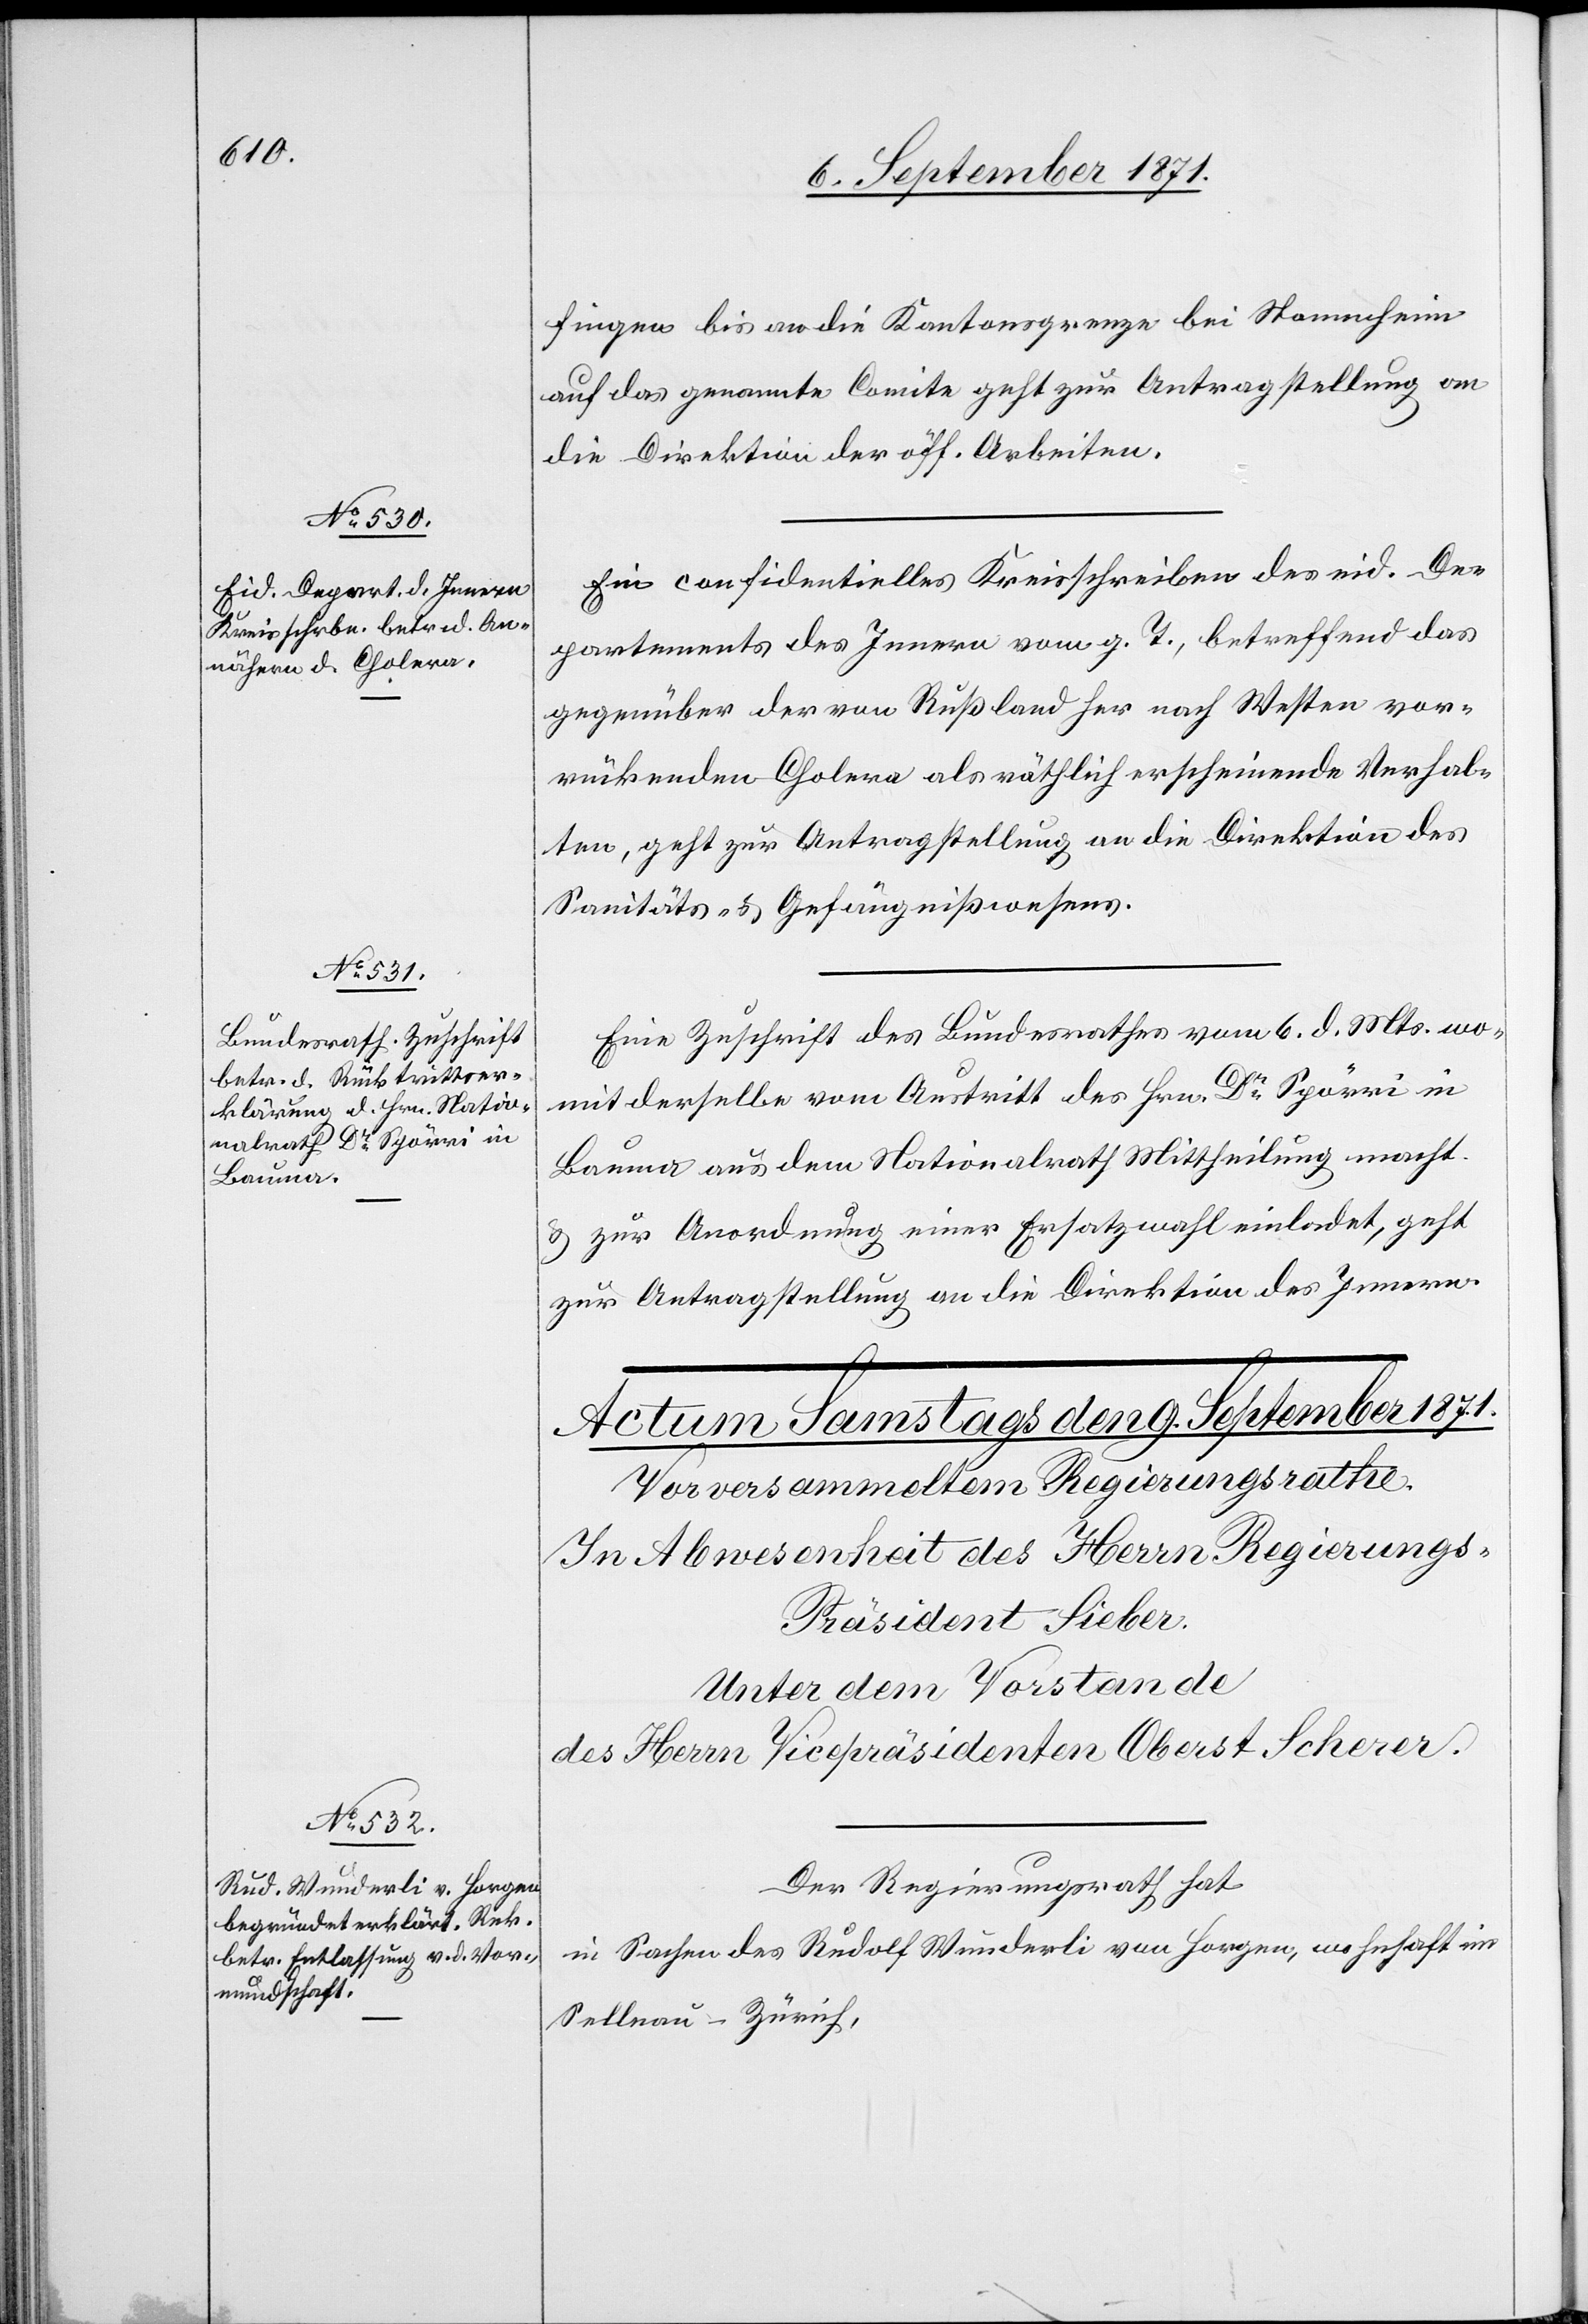
8. September 1871.]
fingen bis an die Kantonsgrenze bei Stammheim
auf das genannte Comite geht zur Antragstellung an
die Direktion der öff. Arbeiten.
Ein confidentielles Kreisschreiben des eid. De¬
partements des Innern vom g. T., betreffend das
gegenüber der von Russland nach Westen vor¬
rückenden Cholera als räthlich erscheinende Verhal¬
ten, geht zur Antragstellung an die Direktion des
Sanitäts- & Gefängnißwesens.
Eine Zuschrift des Bundesrathes vom 6. d. Mts. wo¬
mit derselbe vom Austritt des Hrn. Dr Spörri in
Bauma aus dem Nationalrath Mittheilung macht
& zur Anordnung einer Ersatzwahl einladet, geht
zur Antragstellung an die Direktion des Innern.
Der Regierungsrath hat
in Sachen des Rudolf Wunderli von Horgen, wohnhaft in
Sellnau-Zürich,